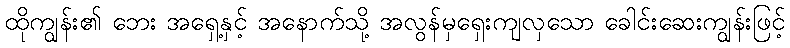
ထိုကျွန်း၏ ဘေး အရှေ့နှင့် အနောက်သို့ အလွန်မှရှေးကျလှသော ခေါင်းဆေးကျွန်းဖြင့်